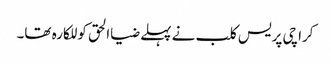
کراچی پریس کلب نے پہلے ضیاالحق کو للکارہ تھا۔